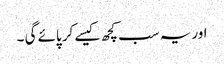
اور یہ سب کچھ کیسے کر پائے گی ۔